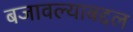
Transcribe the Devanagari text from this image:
बजावल्याबद्दल